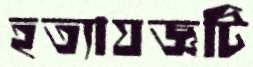
হত্যাযজ্ঞটি